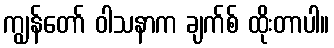
ကျွန်တော် ဝါသနာက ချက်စ် ထိုးတာပါ။